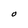
Character: O